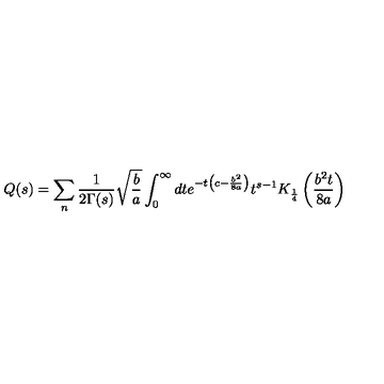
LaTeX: Q ( s ) = \sum _ { n } \frac { 1 } { 2 \Gamma ( s ) } \sqrt { \frac { b } { a } } \int _ { 0 } ^ { \infty } d t e ^ { - t \left( c - \frac { b ^ { 2 } } { 8 a } \right) } t ^ { s - 1 } K _ { \frac { 1 } { 4 } } \left( \frac { b ^ { 2 } t } { 8 a } \right)